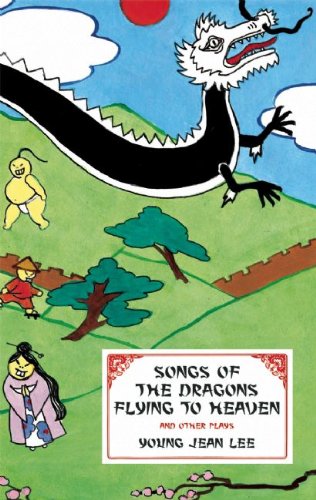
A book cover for Songs of the Dragons Flying to Heaven and Other Plays; Young Jean Lee; Literature & Fiction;